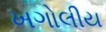
ખગોલીય